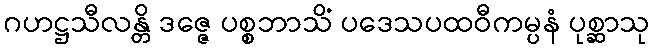
ဂဟဋ္ဌသီလန္တိ ဒဇ္ဇေ ပစ္စဘာသိံ ပဒေသပထဝီကမ္ပနံ ပုစ္ဆာသု